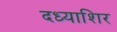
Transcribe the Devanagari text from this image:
दध्याशिर